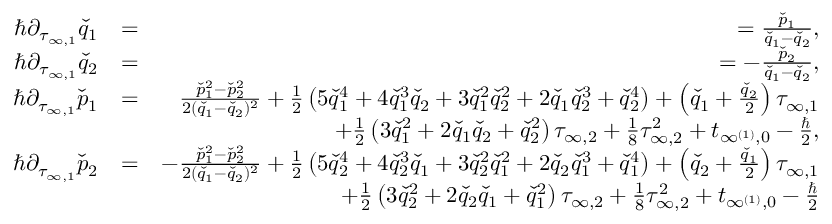
\begin{array} { r l r } { \hbar \partial _ { \tau _ { \infty , 1 } } \check { q } _ { 1 } } & { = } & { = \frac { \check { p } _ { 1 } } { \check { q } _ { 1 } - \check { q } _ { 2 } } , } \\ { \hbar \partial _ { \tau _ { \infty , 1 } } \check { q } _ { 2 } } & { = } & { = - \frac { \check { p } _ { 2 } } { \check { q } _ { 1 } - \check { q } _ { 2 } } , } \\ { \hbar \partial _ { \tau _ { \infty , 1 } } \check { p } _ { 1 } } & { = } & { \frac { \check { p } _ { 1 } ^ { 2 } - \check { p } _ { 2 } ^ { 2 } } { 2 ( \check { q } _ { 1 } - \check { q } _ { 2 } ) ^ { 2 } } + \frac { 1 } { 2 } \left( 5 \check { q } _ { 1 } ^ { 4 } + 4 \check { q } _ { 1 } ^ { 3 } \check { q } _ { 2 } + 3 \check { q } _ { 1 } ^ { 2 } \check { q } _ { 2 } ^ { 2 } + 2 \check { q } _ { 1 } \check { q } _ { 2 } ^ { 3 } + \check { q } _ { 2 } ^ { 4 } \right) + \left( \check { q } _ { 1 } + \frac { \check { q } _ { 2 } } { 2 } \right) \tau _ { \infty , 1 } } \\ & { } & { + \frac { 1 } { 2 } \left( 3 \check { q } _ { 1 } ^ { 2 } + 2 \check { q } _ { 1 } \check { q } _ { 2 } + \check { q } _ { 2 } ^ { 2 } \right) \tau _ { \infty , 2 } + \frac { 1 } { 8 } \tau _ { \infty , 2 } ^ { 2 } + t _ { \infty ^ { ( 1 ) } , 0 } - \frac { \hbar } { 2 } , } \\ { \hbar \partial _ { \tau _ { \infty , 1 } } \check { p } _ { 2 } } & { = } & { - \frac { \check { p } _ { 1 } ^ { 2 } - \check { p } _ { 2 } ^ { 2 } } { 2 ( \check { q } _ { 1 } - \check { q } _ { 2 } ) ^ { 2 } } + \frac { 1 } { 2 } \left( 5 \check { q } _ { 2 } ^ { 4 } + 4 \check { q } _ { 2 } ^ { 3 } \check { q } _ { 1 } + 3 \check { q } _ { 2 } ^ { 2 } \check { q } _ { 1 } ^ { 2 } + 2 \check { q } _ { 2 } \check { q } _ { 1 } ^ { 3 } + \check { q } _ { 1 } ^ { 4 } \right) + \left( \check { q } _ { 2 } + \frac { \check { q } _ { 1 } } { 2 } \right) \tau _ { \infty , 1 } } \\ & { } & { + \frac { 1 } { 2 } \left( 3 \check { q } _ { 2 } ^ { 2 } + 2 \check { q } _ { 2 } \check { q } _ { 1 } + \check { q } _ { 1 } ^ { 2 } \right) \tau _ { \infty , 2 } + \frac { 1 } { 8 } \tau _ { \infty , 2 } ^ { 2 } + t _ { \infty ^ { ( 1 ) } , 0 } - \frac { \hbar } { 2 } } \end{array}